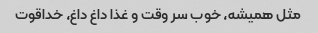
مثل همیشه، خوب سر وقت و غذا داغ داغ، خداقوت